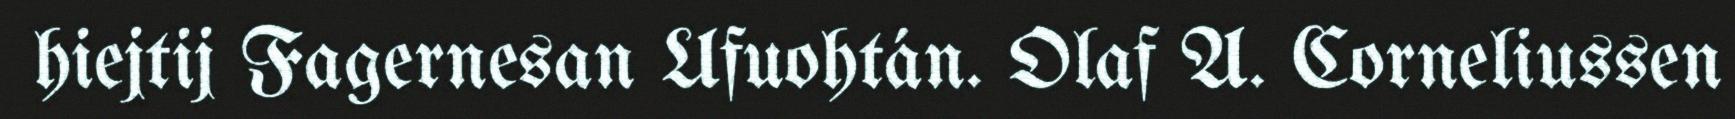
hiejtij Fagernesan Ufuohtán. Olaf A. Corneliussen